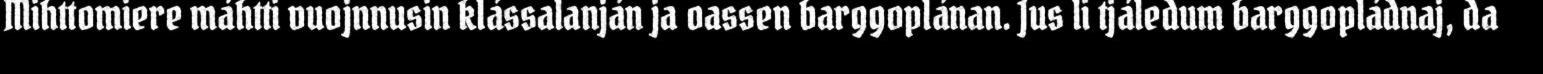
Mihttomiere máhtti vuojnnusin klássalanján ja oassen barggoplánan. Jus li tjáledum barggopládnaj, da